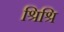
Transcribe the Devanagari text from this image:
श्रिश्रि